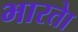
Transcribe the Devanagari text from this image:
भारताे